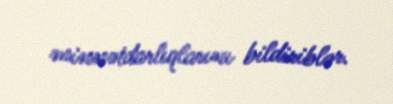
minnətdarlıqlarını bildiriblər.